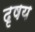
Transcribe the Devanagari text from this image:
दृषय